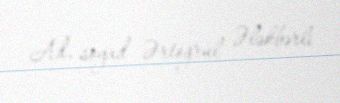
Ad, soyad Ərtoğrul Ələkbərli